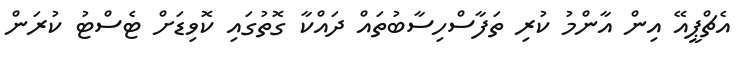
އެޗްޕީއޭ އިން އާންމު ކުރި ތަފާސްހިސާބުތައް ދައްކާ ގޮތުގައި ކޮވިޑަށް ޓެސްޓު ކުރަން